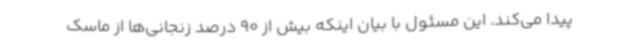
پیدا می‌کند. این مسئول با بیان اینکه بیش از 90 درصد زنجانی‌ها از ماسک